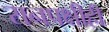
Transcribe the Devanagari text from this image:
रानपक्षीही